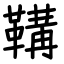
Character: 鞲